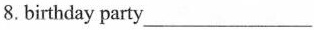
8.birthday party___